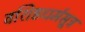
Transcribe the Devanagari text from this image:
वशिष्ठधर्मसूत्र